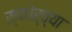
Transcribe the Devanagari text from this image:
स्पधेर्च्या